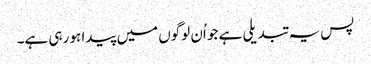
پس یہ تبدیلی ہے جو اُن لوگوں میں پیدا ہو رہی ہے۔